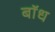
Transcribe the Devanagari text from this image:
बाॅध